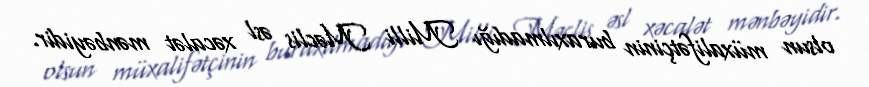
olsun müxalifətçinin buraxılmadığı Milli Məclis əsl xəcalət mənbəyidir.